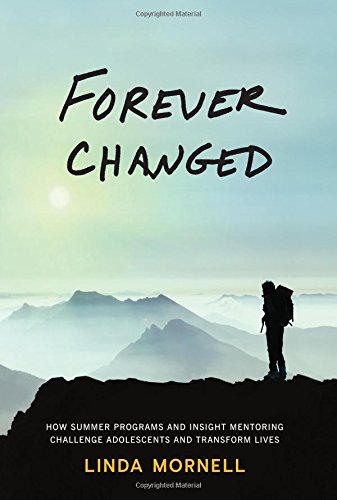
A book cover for Forever Changed: How Summer Programs and Insight Mentoring Challenge Adolescents and Transform Lives; Linda Mornell; Politics & Social Sciences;